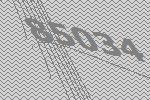
85034